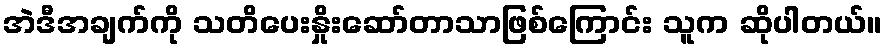
အဲဒီအချက်ကို သတိပေးနှိုးဆော်တာသာဖြစ်ကြောင်း သူက ဆိုပါတယ်။